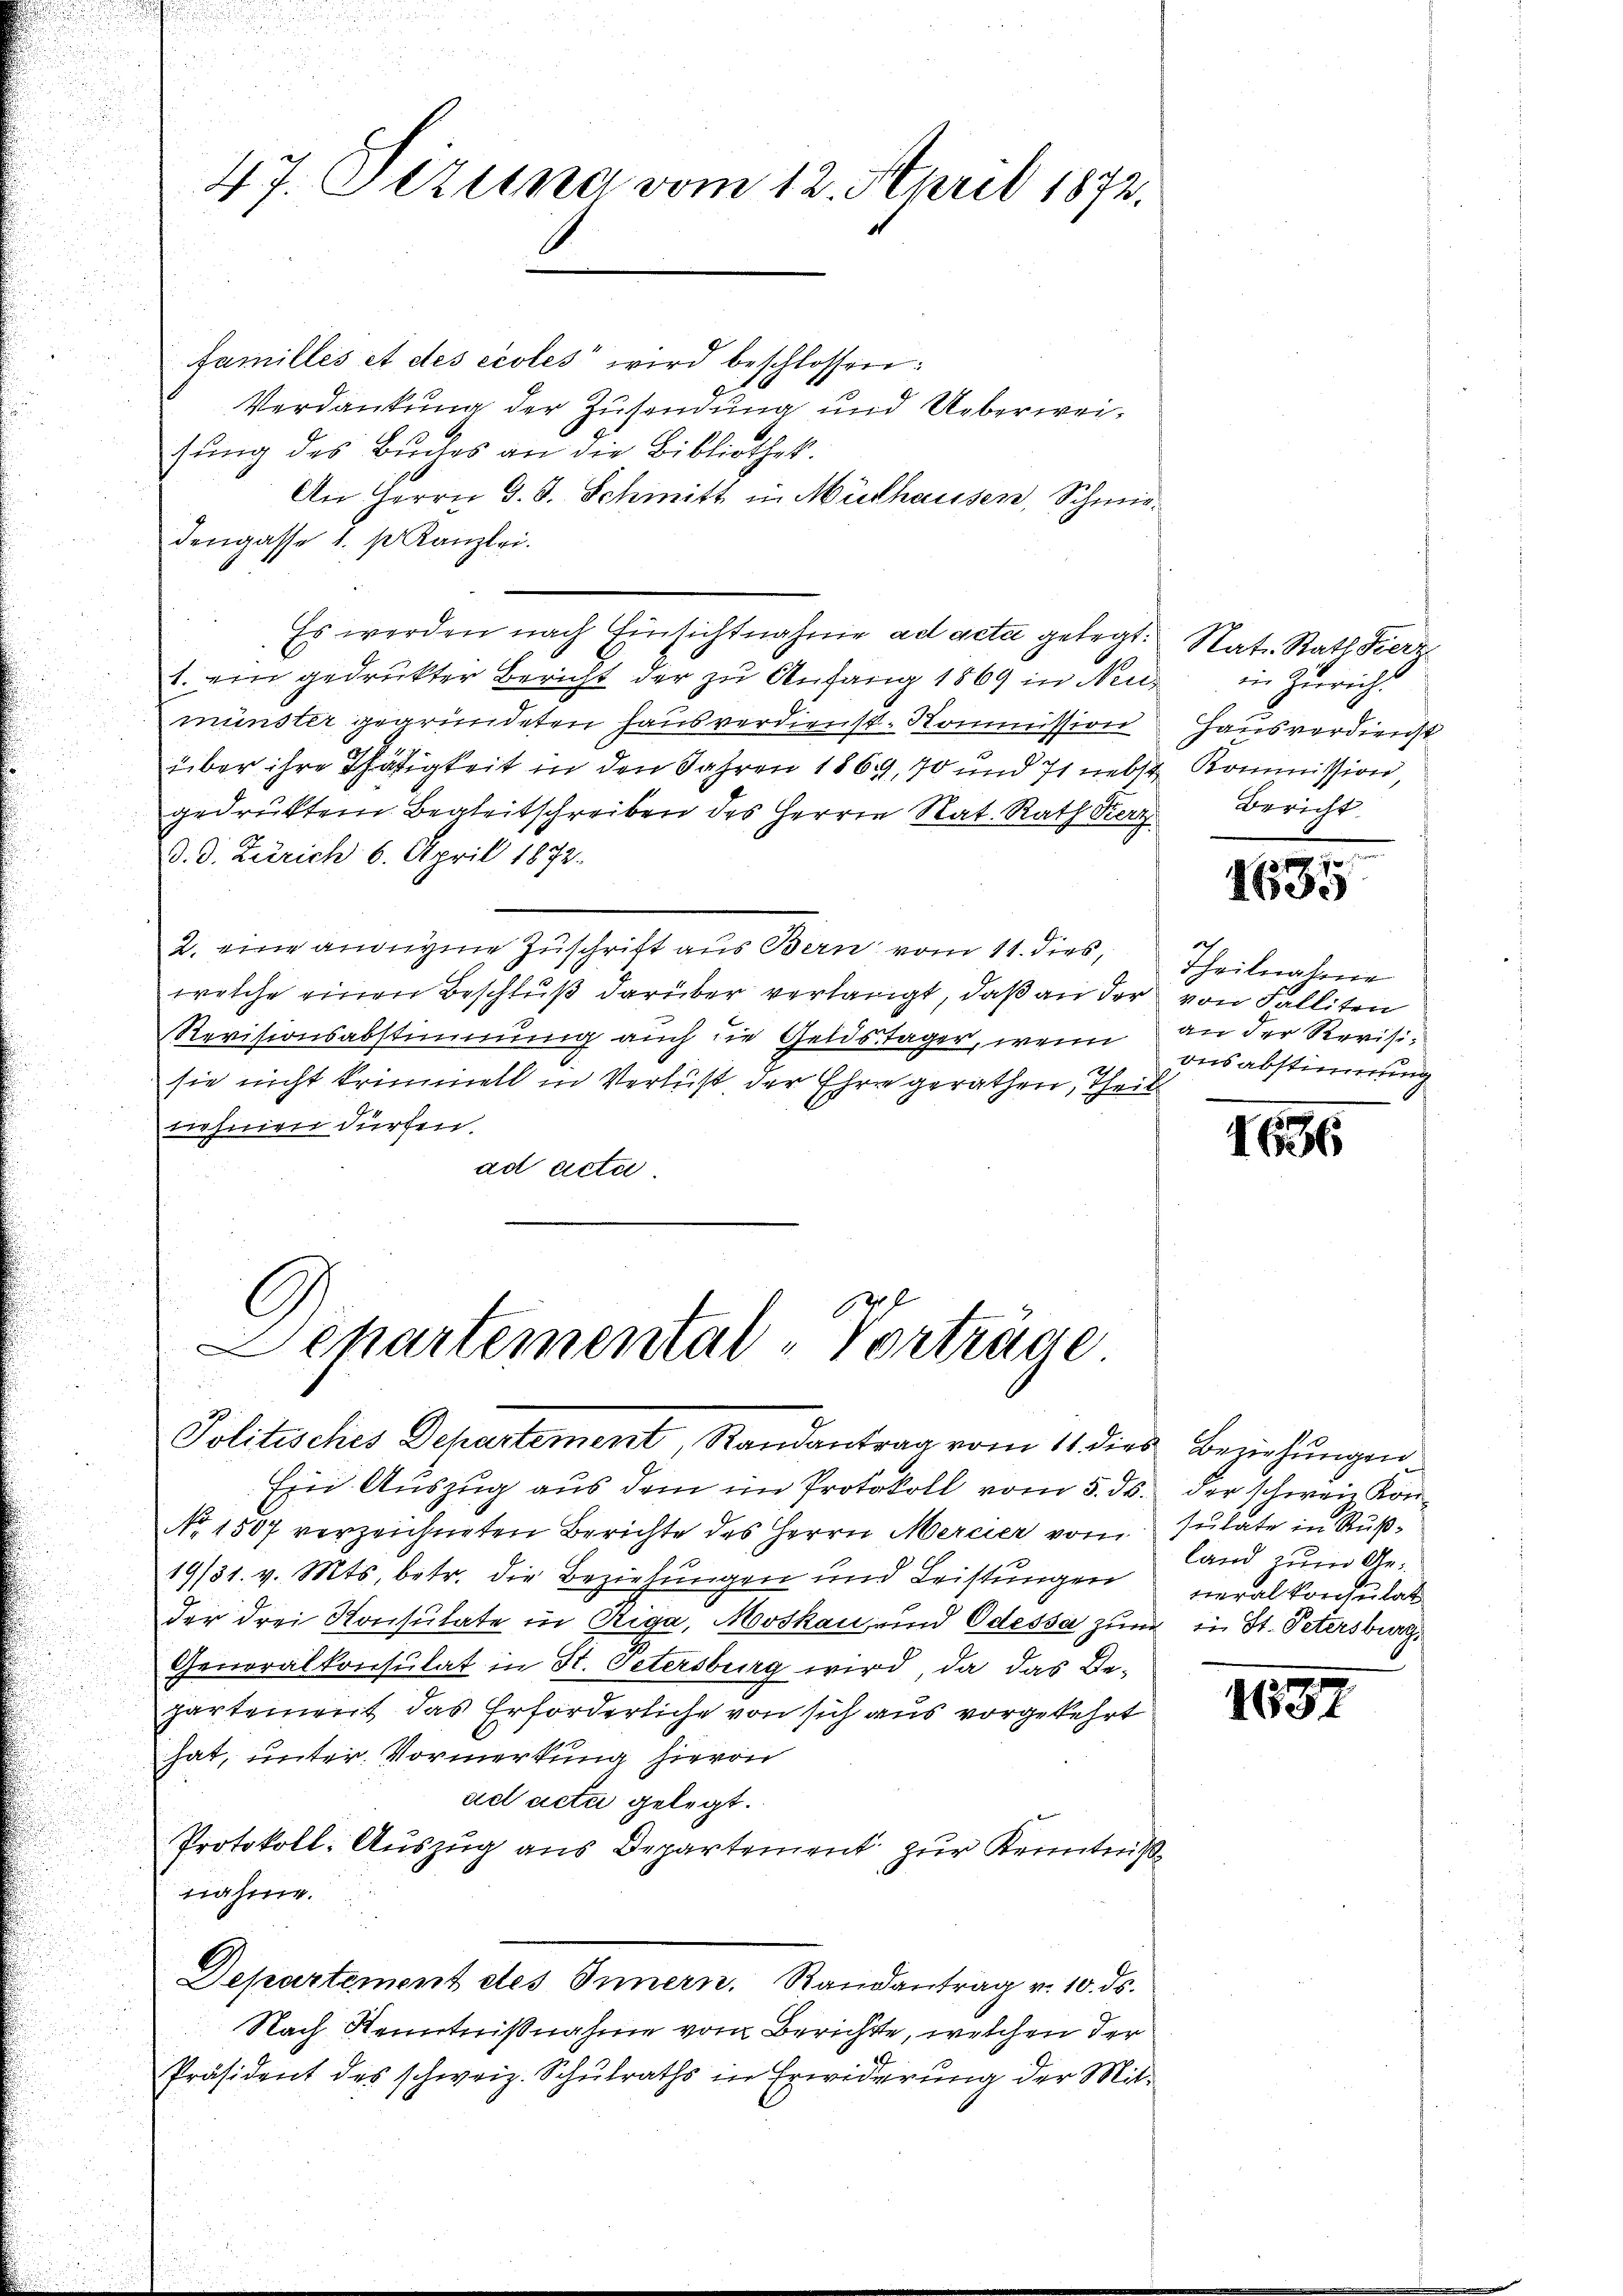
47. Sizung vom 12. April 1872.

familles et des écoles" wird beschlossen:
Verdankung der Zusendung und Ueberweisung des Buches an die Bibliothek.
An Herrn G. J. Schmitt in Mülhausen, Schmiedengasse 1. p. Kanzlei.
Es werden nach Einsichtnahme ad acta gelegt. Nat. Statt Fierz
1. ein gedrukter Bericht der zu Anfang 1869 in Neumünster gegründeten Hausverdienst-Kommission Hausverdienst
über ihre Thätigkeit in den Jahren 1869, 70 und 71 nebst Kommission
gedruktem Begleitschreiben des Herrn Rat. Rath Kerz
d. d. Zürich 6. April 1872.
2. eine andigene Zŭschrift aus Bern vom 11. dies, Theilnahme
welche einen Beschluß darüber verlangt, daß an der von Falliten
Revisionsabstimmung auch die Geldstager, wenn an der Revisih
sie nicht krimmelt in Verlust der Ehre gerathen, Theil
tiehnen dürfen.
ad acte
Schartemental-Vorträge

Politisches Departement, Randantrag vom 11. dies

Ein Auszug aus dem im Protokoll vom 5. ds.
No. 1507 verzeichneten Berichte des Herrn Mercier vom
19/31. v. Mts. betr. die Beziehungen und Leistungen
der drei Konsulate in Riga, Moskau und Odessa zum in St. Petersburg
Generalkonsulat in St. Petersburg wird, da das Bepartement das Erforderliche von sich aus vorgekehrt
hat, unter Vormerkung hievon
ad acta gelegt.
Protokoll: Auszug aus Departement zur Kenntniß
nahme.
Departement des Innern. Randantrag v. 10. ds.
Nach Kenntnißnahme vom Berichte, welchen der
Präsident des schweiz. Schulraths in Erwiderung der Mit-

in Zürich.
Bericht

t
1880

onsabstimmig

1656

Beziehungen
der schwere Konsutate in Ruß-
land zum Generalkonsulat

1657